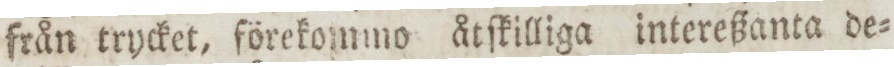
från trycket, förekommo åtſkilliga intereßanta de=